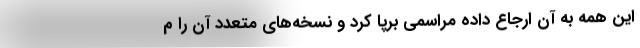
این همه به آن ارجاع داده مراسمی برپا کرد و نسخه‌های متعدد آن را م